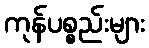
ကုန်ပစ္စည်းများ